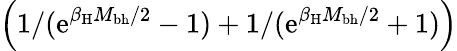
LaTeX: \left(1/(\mathrm{e}^{\beta_{\mathrm{{H}}}M_{\mathrm{{bh}}}/2}-1)+1/(\mathrm{e}^{\beta_{\mathrm{{H}}}M_{\mathrm{{bh}}}/2}+1)\right)